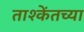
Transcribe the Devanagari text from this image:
ताश्केंतच्या